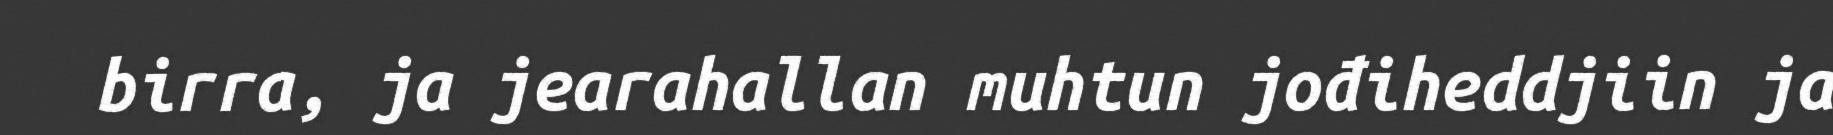
birra, ja jearahallan muhtun jođiheddjiin ja